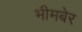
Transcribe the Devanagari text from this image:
भीमबेर